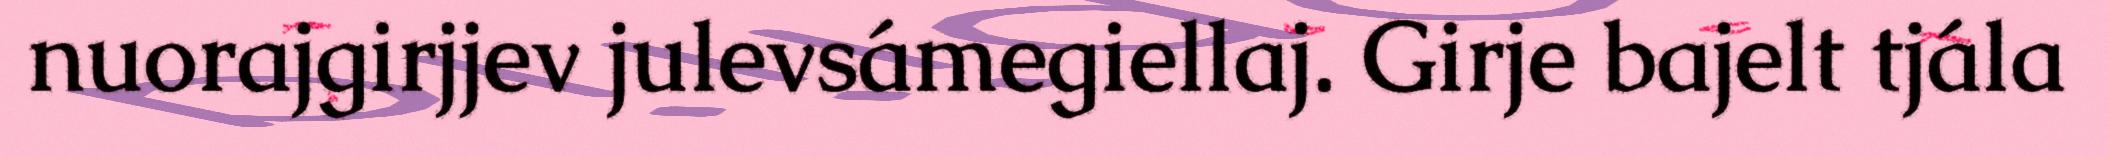
nuorajgirjjev julevsámegiellaj. Girje bajelt tjála